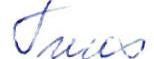
Tuus